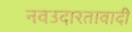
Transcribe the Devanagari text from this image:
नवउदारतावादी